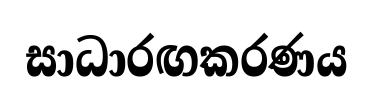
සාධාරඟකරණය